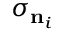
\sigma _ { \mathbf { n } _ { i } }